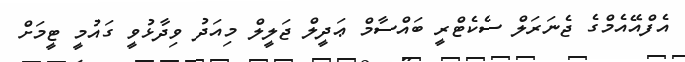
އެފްއޭއެމްގެ ޖެނަރަލް ސެކެޓްރީ ބައްސާމް ޢަދީލް ޖަލީލް މިއަދު ވިދާޅުވީ ގައުމީ ޓީމަށް